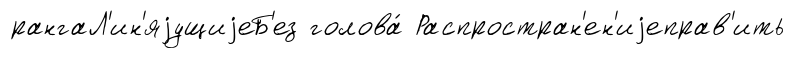
рангаЛ'ин'яjущиjеБ'ез голова́ Распростран'ен'иjеправ'ить